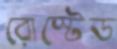
রোস্টেড